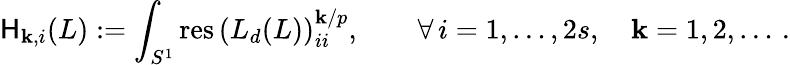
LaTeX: \mathsf{H}_{\mathbf{k},i}(L):=\int_{S^{1}}\mathrm{{res\, }}\left(L_{d}(L)\right)_{ii}^{\mathbf{k}/{p}},\qquad\forall\, i=1,\ldots,2s,\quad\mathbf{k}=1,2,\dots\, .